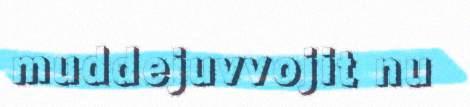
muddejuvvojit nu